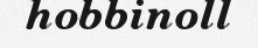
hobbinoll